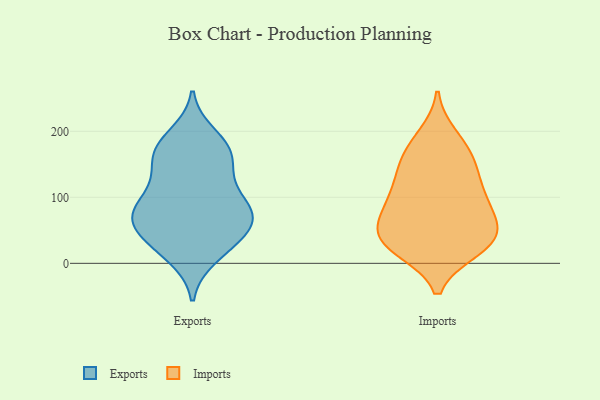
{"axis": {"x": "Net Income (USD K)", "y": "Value"}, "legend": ["Exports", "Imports"], "data": [{"x": "", "y": 163, "type": "Exports"}, {"x": "", "y": 131, "type": "Exports"}, {"x": "", "y": 36, "type": "Exports"}, {"x": "", "y": 112, "type": "Exports"}, {"x": "", "y": 40, "type": "Exports"}, {"x": "", "y": 17, "type": "Exports"}, {"x": "", "y": 88, "type": "Exports"}, {"x": "", "y": 141, "type": "Exports"}, {"x": "", "y": 82, "type": "Exports"}, {"x": "", "y": 10, "type": "Exports"}, {"x": "", "y": 74, "type": "Exports"}, {"x": "", "y": 51, "type": "Exports"}, {"x": "", "y": 56, "type": "Exports"}, {"x": "", "y": 72, "type": "Exports"}, {"x": "", "y": 176, "type": "Exports"}, {"x": "", "y": 85, "type": "Exports"}, {"x": "", "y": 72, "type": "Exports"}, {"x": "", "y": 173, "type": "Exports"}, {"x": "", "y": 194, "type": "Exports"}, {"x": "", "y": 170, "type": "Exports"}, {"x": "", "y": 41, "type": "Imports"}, {"x": "", "y": 63, "type": "Imports"}, {"x": "", "y": 74, "type": "Imports"}, {"x": "", "y": 93, "type": "Imports"}, {"x": "", "y": 26, "type": "Imports"}, {"x": "", "y": 179, "type": "Imports"}, {"x": "", "y": 153, "type": "Imports"}, {"x": "", "y": 98, "type": "Imports"}, {"x": "", "y": 141, "type": "Imports"}, {"x": "", "y": 53, "type": "Imports"}, {"x": "", "y": 156, "type": "Imports"}, {"x": "", "y": 31, "type": "Imports"}, {"x": "", "y": 46, "type": "Imports"}, {"x": "", "y": 193, "type": "Imports"}, {"x": "", "y": 22, "type": "Imports"}, {"x": "", "y": 119, "type": "Imports"}, {"x": "", "y": 21, "type": "Imports"}, {"x": "", "y": 100, "type": "Imports"}]}